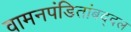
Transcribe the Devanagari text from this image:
वामनपंडितांबद्दल